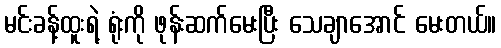
မင်းခန့်ထူးရဲ့ ရုံးကို ဖုန်းဆက်မေးပြီး သေချာအောင် မေးတယ်။